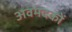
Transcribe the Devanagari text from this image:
अवमदकों